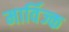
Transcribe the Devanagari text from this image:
मार्विज्क